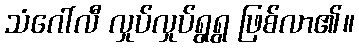
သံဂေါ်လီ လှုပ်လှုပ်ရွရွ ဖြစ်လာ၏။